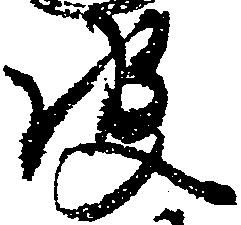
彼